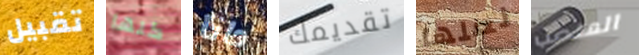
تقبيل كلها دانا تقديمك لعلها المنصب